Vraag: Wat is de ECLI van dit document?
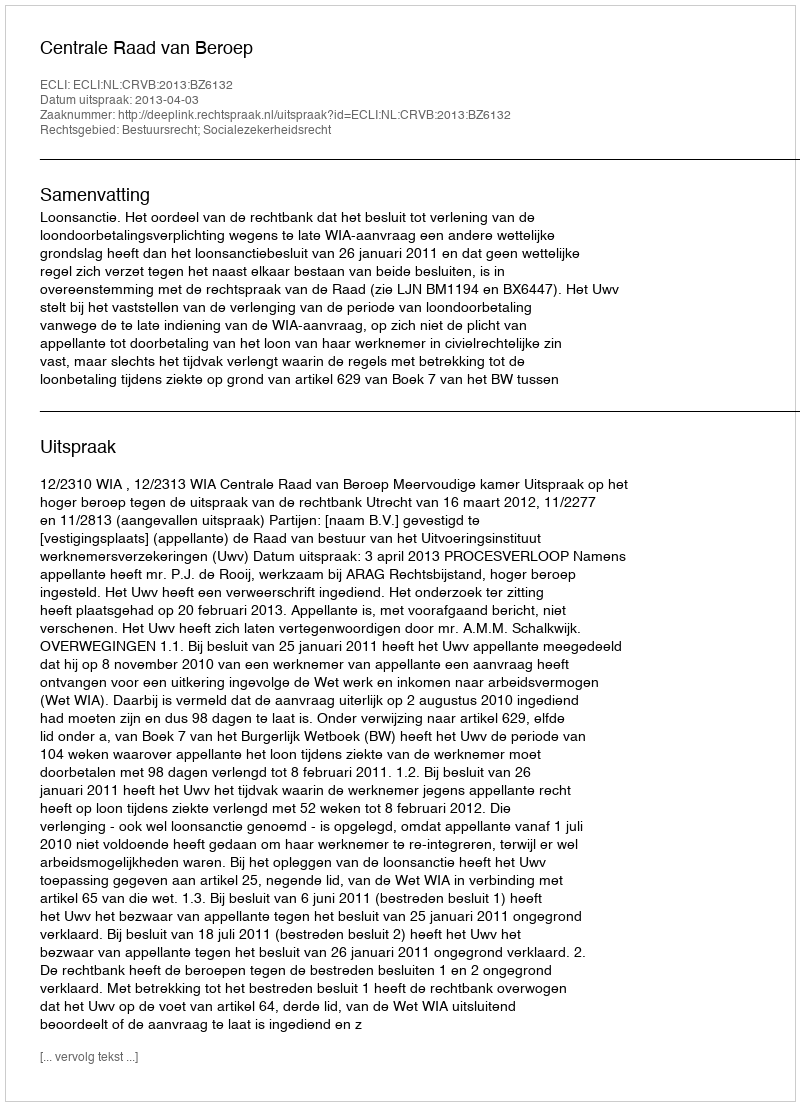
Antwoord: ECLI:NL:CRVB:2013:BZ6132